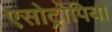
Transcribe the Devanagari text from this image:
एसोट्रोपिया